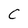
Character: C